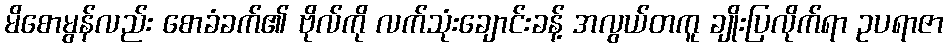
မိစောမွန်လည်း စောခံခက်၏ ဗိုလ်ကို လက်သုံးချောင်းခန့် အလွယ်တကူ ချိုးပြလိုက်ရာ ဥပရာဇာ